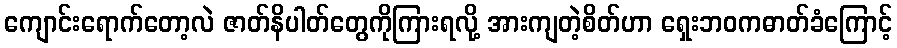
ကျောင်းရောက်တော့လဲ ဇာတ်နိပါတ်တွေကိုကြားရလို့ အားကျတဲ့စိတ်ဟာ ရှေးဘဝကဓာတ်ခံကြောင့်